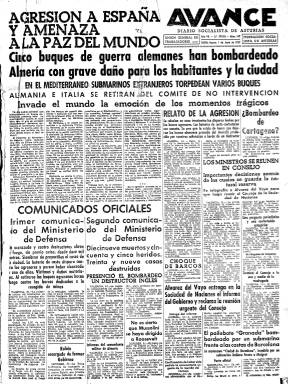
Título: Avance (Oviedo)
Otros títulos: Avance (Gijón) || Avance (Oviedo)
Colección: Guerra civil || Periódicos || Socialismo
Ámbito geográfico: Asturias
Lugar de publicación: Gijón
Fechas: 01/06/1937-30/07/1937

Este “diario de la mañana” comienza a publicarse el 15 de noviembre de 1931, en Oviedo, con las aportaciones económicas del socialista Sindicato de los Obreros Mineros de Asturias (SOMA), liderado por Amador Fernández Montes (1894-1960), -que será gerente y “alma” del periódico- y la entidad Cámara Minera, dando lugar a la constitución de la Editorial Obrera Asturiana, cuyo consejo de administración estuvo presidido por Ramón González Peña (1888-1952), a la sazón presidente de la Cooperativa de la Mina San Vicente, propiedad del citado sindicato. Su primer director, fue el republicano, escritor y catedrático Antonio Ortega (1903-1970), quien compartiría la dirección con el socialista moderado Juan Antonio Suárez, que ya había dirigido La Aurora social (1896-1930), veterano semanario socialista editado, primero, en Gijón y, después, en Oviedo, y del que Avance se considera heredero.

Es un diario de información general, con editoriales y artículos de opinión, información política nacional e internacional, noticias económicas y locales o de deportes, y con gran parte de su última plana dedicada a insertar anuncios comerciales. Se convirtió en el tercer gran diario del PSOE, tras El Socialista (Madrid: 1886) y El Liberal (Bilbao: 1901-1937), adquirido por Indalecio Prieto en 1929; obteniendo tiradas medias de 13.000 ejemplares y alcanzando en algunas etapas los 23.500. Contó con colaboraciones de Francisco Cruz Salido, Luis Bello, Antonio Zozalla o Pedro de Répide. Pero su gran éxito se debió a un socialista “más avanzado”, al periodista madrileño Javier Bueno (1891-1939), tras asumir su dirección el uno de julio de 1933, acompañado de un nuevo equipo en el que se incorporaron, como redactor-jefe, Ignacio Lavilla (1895-1980); como comentarista político, Ovidio González Díaz (1909-), conocido por el seudónimo Ovidio Gondi, o Jesús Ibáñez (1889-1948), entre otros.

Fue el único diario de izquierdas -y adscrito a la UGT y al PSOE- entre los ocho asturianos que se publicaron durante el periodo republicano, siendo esta provincia uno de los principales núcleos españoles del movimiento obrero, pasando este sindicato de los 17.782 afiliados, en 1931 (cuando la CNT contaba con 24.881 afiliados), a los 27.228, en 1933, y siendo el partido socialista la principal fuerza electoral asturiana, con gran arraigo en las cuencas mineras (Checa Godoy: 1989). Manuel F. Avello (1976), en su historia sobre la prensa asturiana, señalará que fue un diario “bien dotado técnicamente y servido por profesionales” que conocían bien el oficio del periodismo, influyendo “notoriamente en la vida provincial”, compartiendo la máxima circulación de la prensa asturiana con los también diarios ovetenses La Voz de Asturias (1923) y Región (1923).

Bueno le dio a Avance un renovado y moderno diseño y aumentó sus entregas a ocho grandes páginas, coincidiendo con el proceso de clima prerrevolucionario que acabaría en el estallido insurreccional asturiano de 1934, al que no fue ajeno (Uría: 1984). Ya desde noviembre de 1933 había empezado a afrontar diversos problemas con la censura, lloviéndole las denuncias y cuantiosas multas, y tras publicar su número del cinco de octubre de 1934, será suspendido, acabando así su primera época, al tiempo que el propio Bueno y otros redactores son encarcelados, al ser acusados de instigadores de la insurrección. Así mismo, la sede del periódico fue incendiada. Por su parte, Gómez Aparicio pondrá el epígrafe “motor revolucionario” a la descripción de este título en su Historia del periodismo español (1981).

Ocupará su lugar el también diario pro-socialista La Tarde (1935), y tras ser adquirida una nueva y moderna maquinaria de impresión, Avance reaparece el 25 de junio de 1936, en vísperas de la guerra civil, adoptando “una actitud más radical” (Seoane y Sáiz (1996). El sábado, 18 de julio de ese año, publica el último número de esta brevísima segunda época. Triunfante la sublevación del coronel Antonio Aranda (1888-1979) en Oviedo, la redacción y recién estrenados talleres de Avance, junto a su stock de papel, fueron confiscados y puestos a disposición de Falange, que comenzó a editar el diario La Nueva España, al que se pasó como fundador uno de sus colaboradores: José Antonio Cepeda Álvarez (1883-1944).

El uno de enero de 1937, el diario Avance comienza ahora a ser editado en Gijón, ciudad a la que previamente había sido trasladado el Consejo Interprovincial de Asturias y León. Para ello, el Sindicato de Artes Gráficas dio su autorización para que usara la sede e imprenta del diario El Comercio (1878), a la vez que los sindicatos socialistas vizcaínos se comprometían a abastecerle de papel. Es esta su tercera época, con el subtítulo “diario socialista de Asturias”, y la indicación en su cabecera de las organizaciones de las que es portavoz: Unión General de Trabajadores y Federación Socialista Asturiana (PSOE).

Lo dirige de nuevo Bueno, después de haber participado como miliciano en el frente, quien será el autor de sus Notas editoriales. No podrán reincorporarse a su redacción, por la represión fascista que se había desatado en Oviedo, entre otros, Jesús Ibáñez (1889-1948), o el dibujante Francisco Sancha (1874-1936), fallecido en septiembre, siendo ahora sustituido por Faustino Goico Aguirre (1906-1987), que será el autor del chiste gráfico de su primera plana. Permanecen en su redacción Juan Antonio Cabezas Canteli (1900-1993), que asume la funciones de redactor-jefe, además de ofrecer información de los frentes asturianos de la guerra; al igual que lo hace también, además de escribir artículos y comentarios sobre la situación militar, el redactor Juan Manuel Vega Pico (1913-1969) -que usa el seudónimo Boy-, así como el ya citado Juan Antonio Suárez, Rufino García (dedicado a temas literarios) o José Antonio Hernández (que sería fusilado). Además, contó con corresponsales locales en las principales villas y pueblos.

Como colaboradores asiduos tuvo a Loredo Aparicio, Rogelio Gracia, Enrique G. Riestra, A. Arias Carreño, Castro G. Roza, Emilio Palacios, Juan Ambou, Guillermo Rionda o F. Zapico Loredo. Y entre sus colaboraciones también aparecen las firmas de Manuel Altolaguirre, José Bergamín, Eduardo Zamacois, Antonio Porras, Mario Mariani o Francisco Caramés, del que publicó unos reportajes de los frentes centro-sur.

“Aunque bastante distinto… con muchas limitaciones y deficiencias, poco había cambiado en su espíritu e intenciones” señala Juan Carlos García Miranda (1982) al analizar esta tercera época de Avance. La guerra “no fue capaz de arrebatarle ese carácter de periódico de vanguardia en lo literario y en lo político”, agregando que “lo más brillante del periodismo asturiano de guerra estuvo de una u otra forma vinculado” a este diario.

En su primera página insertará el editorial, las principales noticias y el chiste gráfico, y en las siguientes, las secciones Diario de sindicatos, Convocatorias políticas o Noticias militares, así como otras noticias locales y del Ayuntamiento, del Consejo del Frente Popular o de tribunales, además de notas, comunicados o llamamientos de las diferentes organizaciones. Ante la falta de papel para su impresión, sus seis páginas por número (compuestas a siete columnas) se vieron reducidas a cuatro o a dos a partir de julio; además redujo su formato y tuvo que ser estampado en diferentes talleres tipográficos de la ciudad, reduciendo o eliminado prácticamente sus inserciones publicitarias.

El último número que publicó corresponde al 20 de octubre de ese año 1937, víspera de la entrada de las tropas franquistas en Gijón. A partir del tres de noviembre, los falangistas comenzarán a publicar en esta ciudad el diario Voluntad.

Corresponde a esta tercera época la colección (incompleta) de la Biblioteca Nacional de España, que contiene sólo las entregas de los meses de junio y julio.

En el exilio parisino se editaría un Avance, en 1939, dirigido por Alberto Fernández, y con el mismo título aparecieron unas hojas clandestinas en 1944 y 1946. Entre 1974 y 1980, Avance volvió a publicarse (Gabriel Santullano: 2006 y Antonio López de Zuazo: 2008).